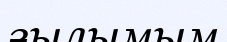
ғылымым